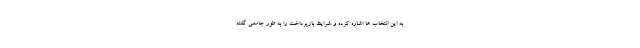
به این انتخاب ها اشاره کرده و شرایط بازپرداخت را به طور جامعی گفته